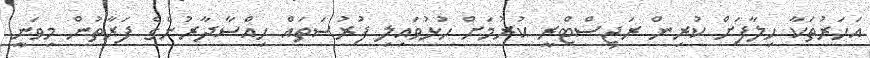
އަހަރުތަކާ ހިލާފަށް ކުރިން ރަޖިސްޓްރީ ކުރުމަށް ހުޅުވައިލި ފުރުސަތައް ހިއްސާދާރުންގެ ފަރާތުން މިވަނީ